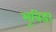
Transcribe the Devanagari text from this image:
मूविडा